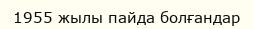
1955 жылы пайда болғандар